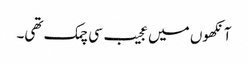
آنکھوں میں عجیب سی چمک تھی۔